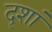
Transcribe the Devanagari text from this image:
दृशां